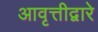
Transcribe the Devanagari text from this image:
आवृत्तीद्वारे